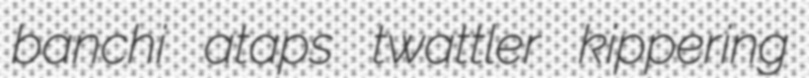
banchi ataps twattler kippering